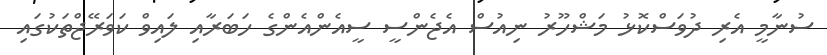
ސުނާމީ އެރި ދުވަސްކޮޅު މަޝްހޫރު ނިއުސް އެޖެންސީ ސީއެންއެންގެ ހަބަރާއި ލައިވް ކަވަރޭޖްތަކުގައި